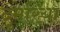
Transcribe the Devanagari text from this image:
दुमरिया